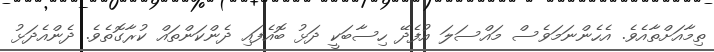
ތިމާއަށްތާއެވެ. އެހެންނަމަވެސް މައްސަލަ އުފެދޭ ހިސާބަކީ ދަޅު ބޮއެފައި ދެންކަންތައް ކުރާގޮތެވެ. ދެންއެދަޅު